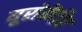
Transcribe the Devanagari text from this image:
यूरोकेंद्रित